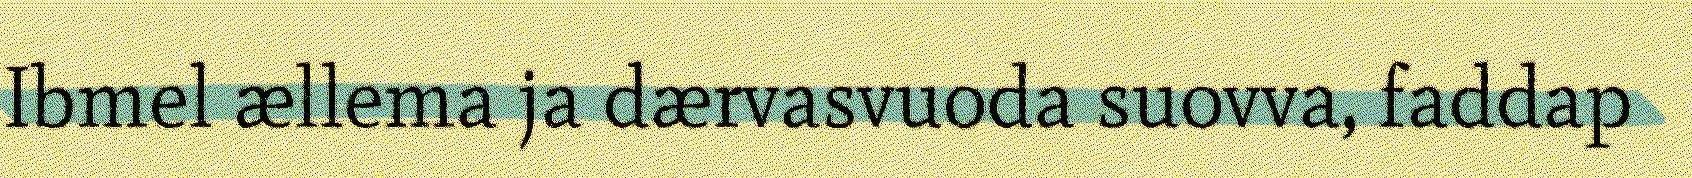
Ibmel ællema ja dærvasvuoda suovva, faddap